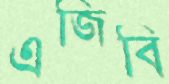
এজিবি